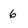
Character: 6